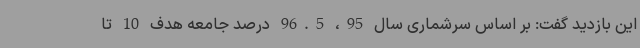
این بازدید گفت: بر اساس سرشماری سال 95، 96.5 درصد جامعه هدف 10 تا